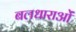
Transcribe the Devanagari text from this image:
बलधाराओं